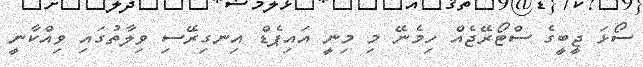
ސޯޅަ ޖީބީގެ ސްޓޯރޭޖެއް ހިމެނޭ މި މިނީ އައިޕެޑް އިނގިރޭސި ވިލާތުގައި ވިއްކާނީ